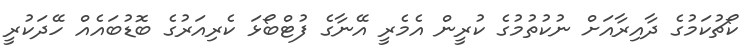
ކޯޗުކަމުގެ ދާއިރާއަށް ނުކުތުމުގެ ކުރީން އެމެރީ އޭނާގެ ފުޓްބޯޅަ ކެރިއަރުގެ ބޮޑުބައެއް ހޭދަކުރީ